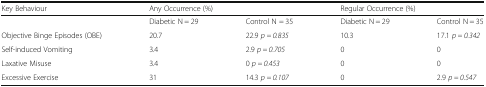
| Key Behaviour | <COLSPAN=2> Any Occurrence (%) | <COLSPAN=2> Regular Occurrence (%) |
 | --- | --- | --- | --- | --- |
 |  | Diabetic N = 29 | Control N = 35 | Diabetic N = 29 | Control N = 35 |
 | Objective Binge Episodes (OBE) | 20.7 | 22.9 p = 0.835 | 10.3 | 17.1 p = 0.342 |
 | Self-induced Vomiting | 3.4 | 2.9 p = 0.705 | 0 | 0 |
 | Laxative Misuse | 3.4 | 0 p = 0.453 | 0 | 0 |
 | Excessive Exercise | 31 | 14.3 p = 0.107 | 0 | 2.9 p = 0.547 |